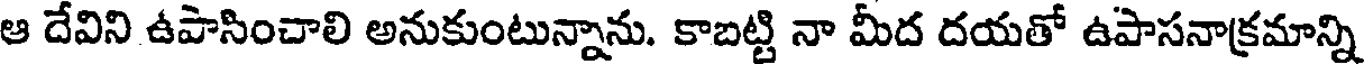
ఆ దేవిని ఉపాసించాలి అనుకుంటున్నాను. కాబట్టి నా మీద దయతో ఉపాసనాక్రమాన్ని